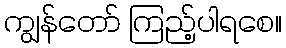
ကျွန်တော် ကြည့်ပါရစေ။